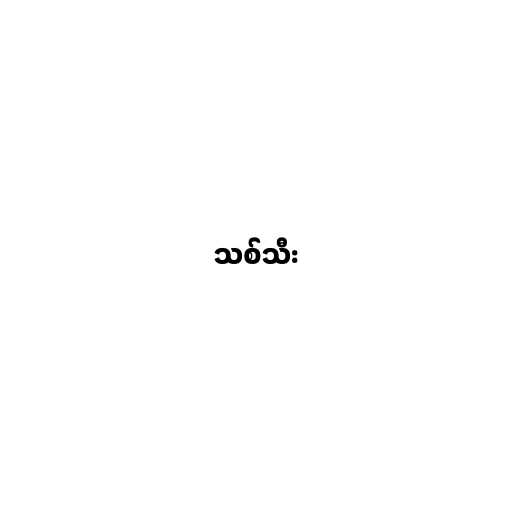
သစ်သီး